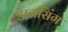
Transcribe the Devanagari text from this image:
डानसिंग